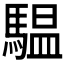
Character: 𩥈